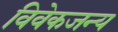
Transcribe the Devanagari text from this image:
विवेकजन्य